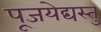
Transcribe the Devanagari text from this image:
पूजयेद्यस्तु